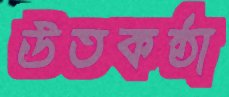
উতকন্ঠা